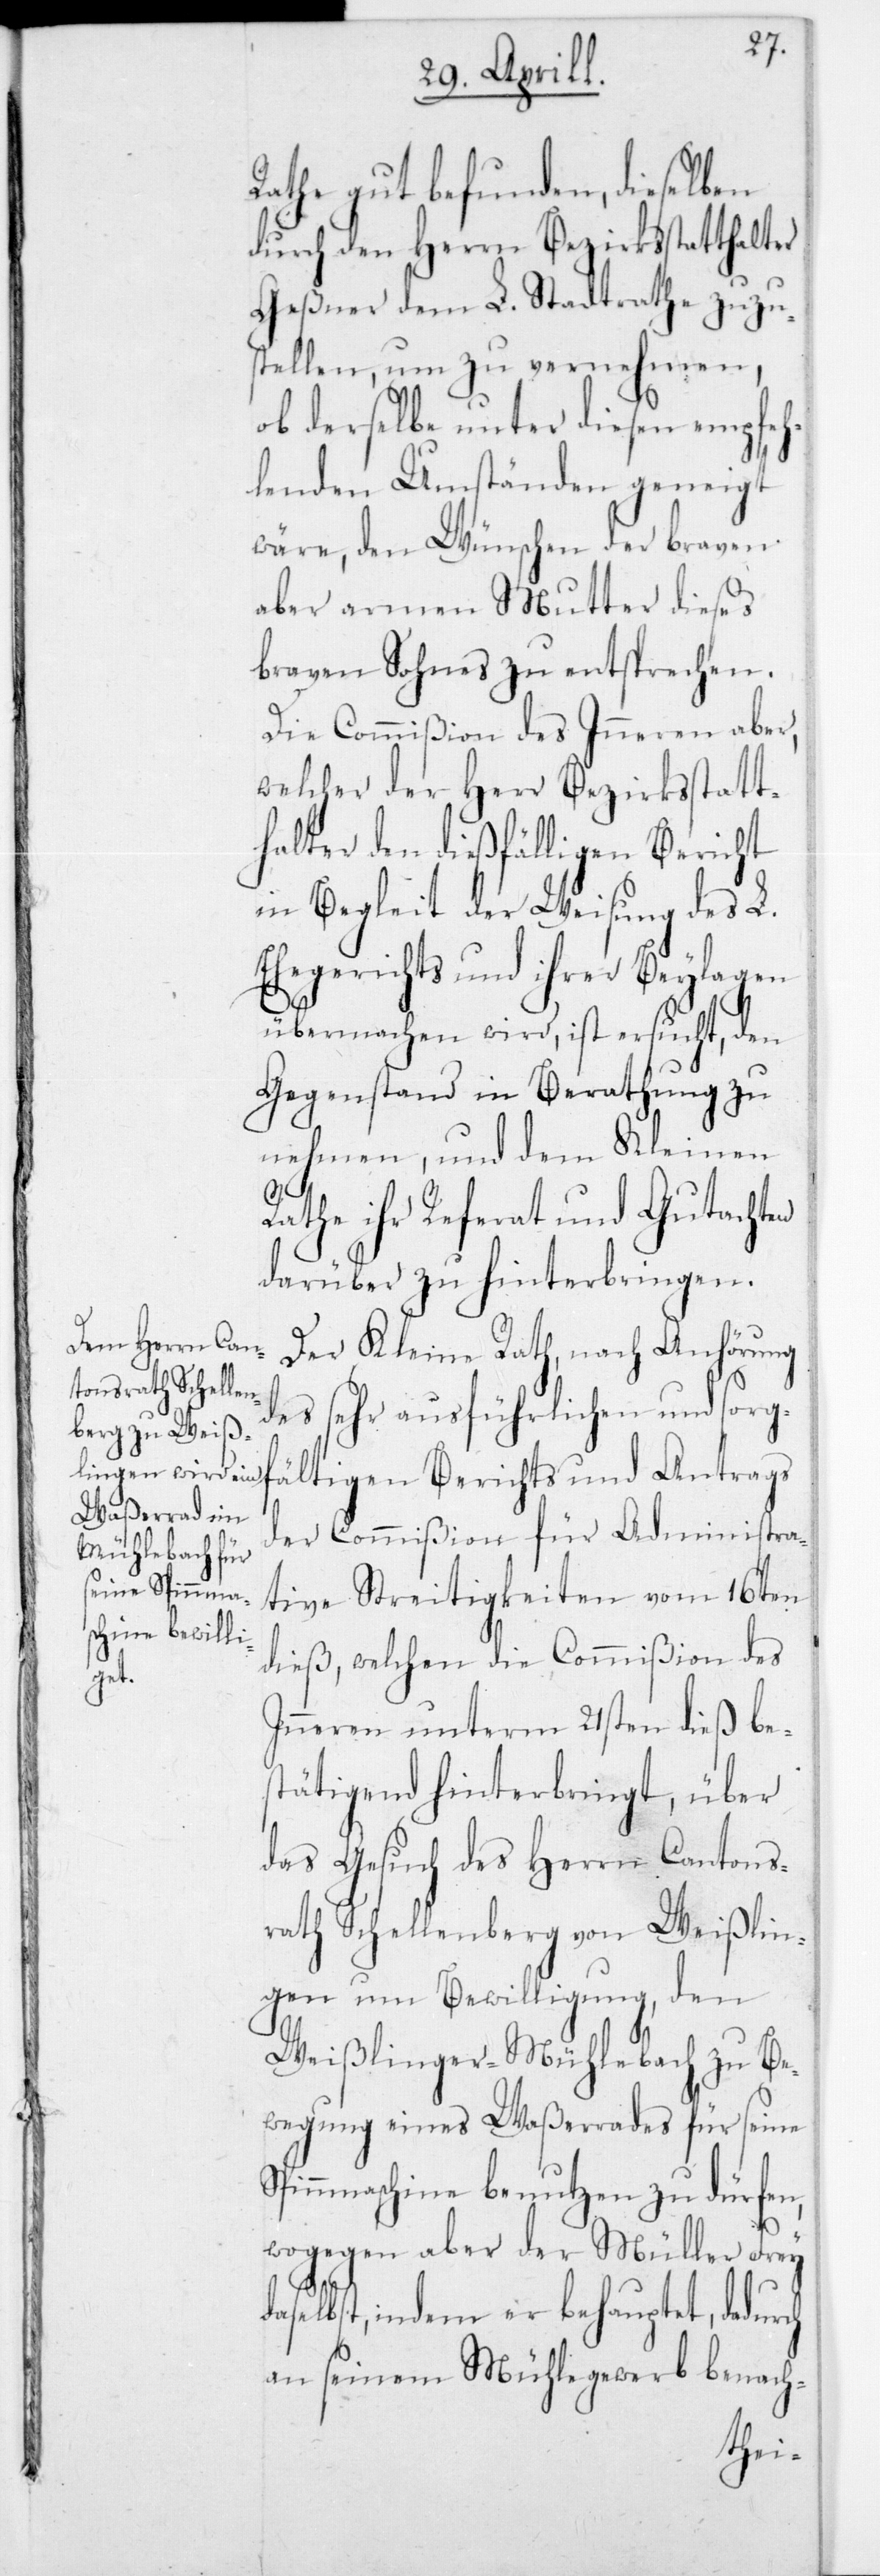
Rathe gut befunden, dieselben
durch den Herrn Bezirksstatthalter
Geßner dem L. Stadtrathe zuzu¬
stellen, um zu vernehmen,
ob derselbe unter diesen empfeh¬
lenden Umständen geneigt
wäre, den Wünschen der braven
aber armen Mutter dieses
braven Sohnes zu entsprechen.
Die Commißion des Inneren aber,
welcher der Herr Bezirksstatt¬
halter den dießfälligen Bericht
in Begleit der Weisung des L.
Ehegerichts und ihrer Beylagen
übermachen wird, ist ersucht, den
Gegenstand in Berathung zu
nehmen, und dem Kleinen
Rathe ihr Referat und Gutachten
darüber zu hinterbringen.
Der Kleine Rath, nach Anhörung
des sehr ausführlichen und sorgf¬
ältigen Berichts und Antrags
der Commißion für Administra¬
tive Streitigkeiten vom 16ten
dieß, welchen die Commißion des
Inneren unterm 21sten dieß be¬
stätigend hinterbringt, über
das Gesuch des Herrn Cantons¬
rath Schellenberg von Weißlin¬
gen um Bewilligung, den
Weißlinger-Mühlebach zu Be¬
wegung eines Waßerrades für seine
Spinnmaschine benutzen zu dürfen,
wogegen aber der Müller Frey
indem er behauptet, dadu¬
an seinem Mühlegewerb benach-
rch